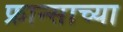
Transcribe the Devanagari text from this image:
फ्रान्साच्या